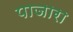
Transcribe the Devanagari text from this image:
पाजारा